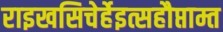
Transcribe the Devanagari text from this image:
राइखसिचेर्हेइत्सहौप्ताम्त